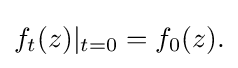
\displaystyle {f_{t}(z)|_{t=0}=f_{0}(z).}